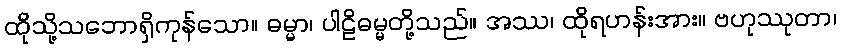
ထိုသို့သဘောရှိကုန်သော။ ဓမ္မာ၊ ပါဠိဓမ္မတို့သည်။ အဿ၊ ထိုရဟန်းအား။ ဗဟုဿုတာ၊